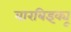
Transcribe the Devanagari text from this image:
बारबिइक्यू